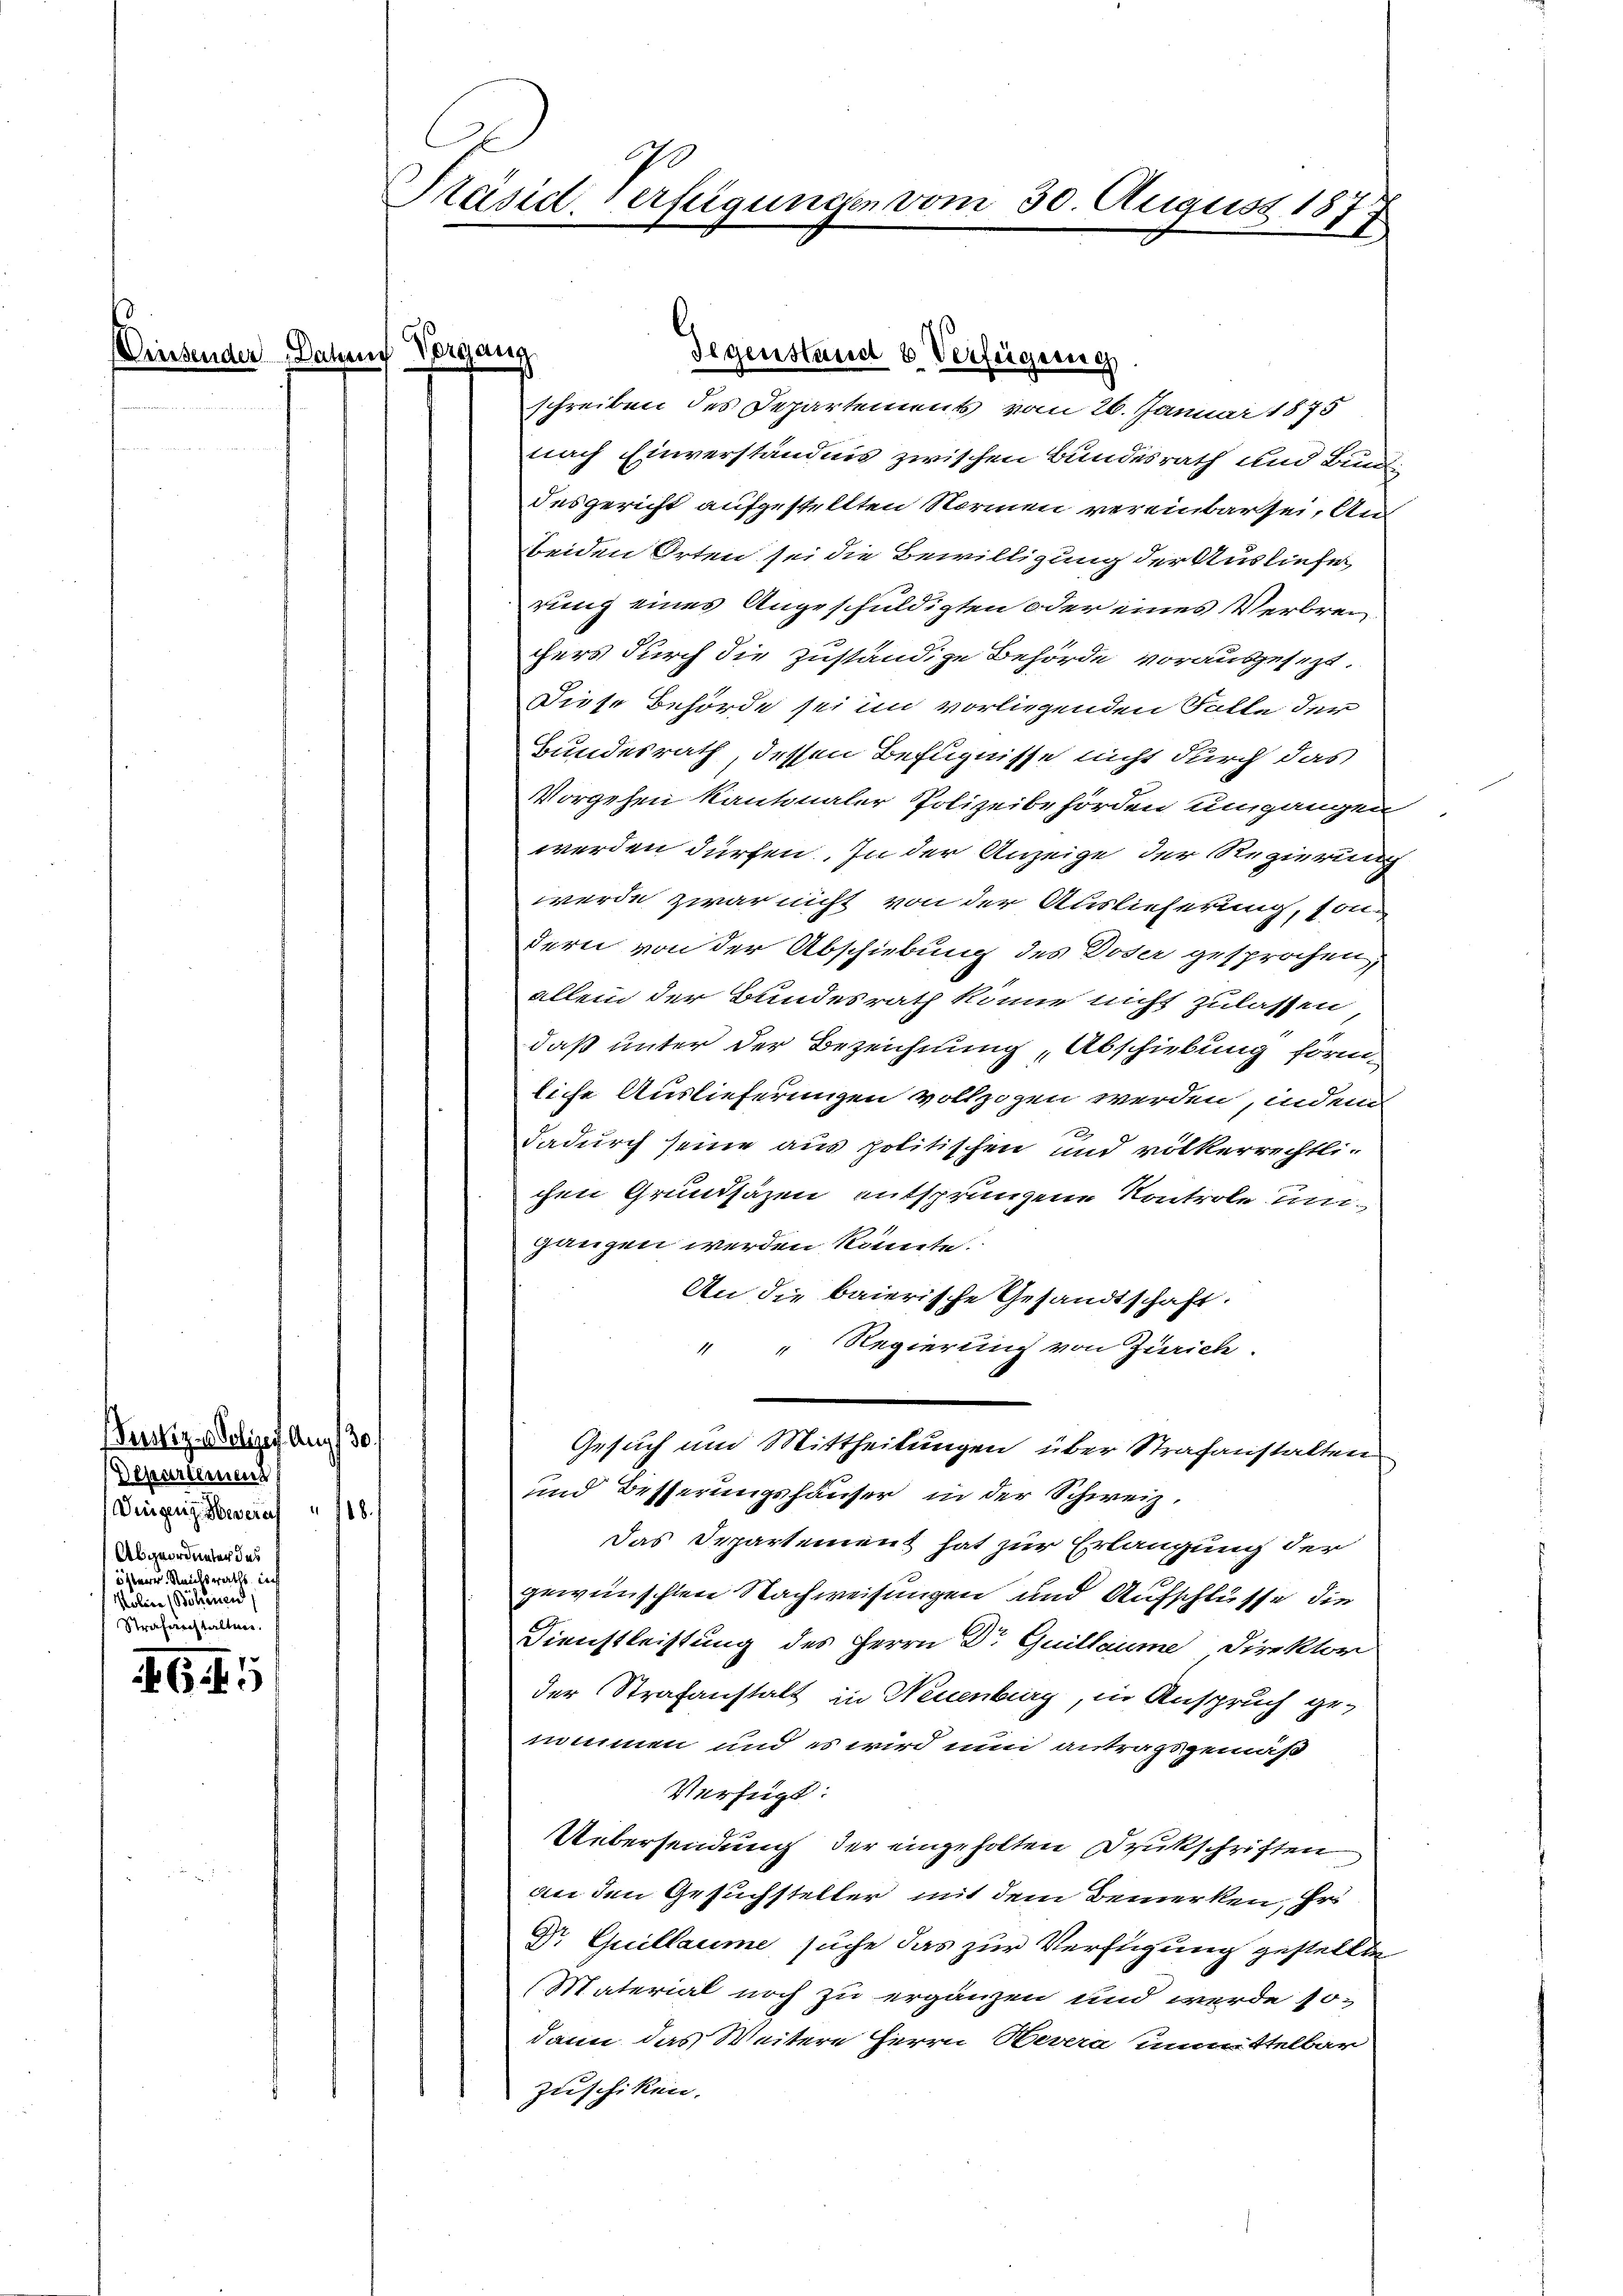
inse

.

Presliz - Polizei Aug 30.
Departement
Dingen. Severa
Abgeordneter des
österer Reichsraths auf
Police Böbenen
Strafanstalten.

4.5

Präsid. Verfügungen vom 30. August 185
G

Dahen Vorgang
schreiben des Departements vom 26. Januar 1875
nach Einverständnis zwischen Bundesrath und Bundi
desgericht aufgestellten Normen vereinbartei, An
beiden Orten sei die Bewilligung der Ausliefer
rung eines Angeschuldigten oder eines Verbrec
chers durch die Zuständige Behörde vorausgesezt.
Diese Behörde sei im vorliegenden Falle der
Bundesrath, dessen Befugnisse nicht durch das
Vorgehen Kantonaler Polizeibehörden umgangen
werden dürfen. In der Anzeige der Regierung
werde zwar nicht von der Auslieferung, son
dern von der Abschiebung des Doder gesprochen,
allein der Bundesrath könne nicht zulassen
daß unter der Bezeichnung Abschiebung förmliche Auslieferungen vollzogen werden, indem
Dadurch seine aus politischen und völkerrechtli-
chen Grundsäzen entsprungene Kontrole und
ganzen werden könnte.
An die baierische Gesandtschaft.
" " Regierung von Zürich.
Gesuch um Mittheilungen über Strafanstalten
und Besserungshäuser, in der Schweiz.
18.
Das Departement hat zur Erlangung der
gewünschten Nachweisungen und Aufschlüsse die
Dienstleistung des Herrn Dr Guillaume Direktor
der Strafanstalt in Neuenburg, in Anspruch ge-
nommen und es wird nun antragsgemäß
Verfügt:
Uebersendung der eingeholten Druckschriften
an den Gesuchsteller mit dem Bemerken, Er
Dr. Guillaume suche das zur Verfügung gestellte
(Material noch zu ergänzen und werde so-
dann das Weitere Herrn Revera unmittelbar
Zuschiken.

Gegenstand & Verfügung.